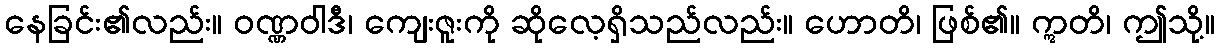
နေခြင်း၏လည်း။ ဝဏ္ဏဝါဒီ၊ ကျေးဇူးကို ဆိုလေ့ရှိသည်လည်း။ ဟောတိ၊ ဖြစ်၏။ ဣတိ၊ ဤသို့။